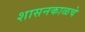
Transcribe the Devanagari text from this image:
शासनकाळचे